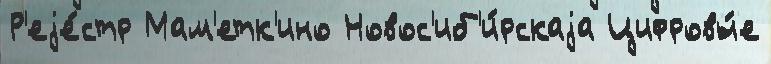
Р'еjе́стр Мам'етк'ино Новос'иб'и́рскаjа Цифровы́е